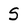
Character: S